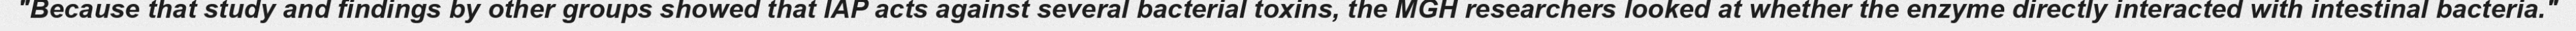
"Because that study and findings by other groups showed that IAP acts against several bacterial toxins, the MGH researchers looked at whether the enzyme directly interacted with intestinal bacteria."